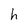
Character: h